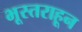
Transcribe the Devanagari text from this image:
भूस्तराहून